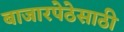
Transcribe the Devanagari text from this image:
बाजारपेठेसाठी